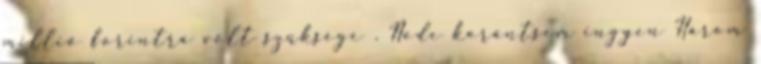
mil­lió forintra volt szüksége . Node korántsem ingyen Három